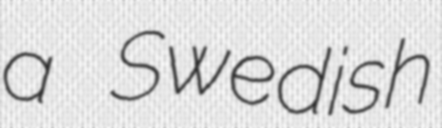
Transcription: a Swedish